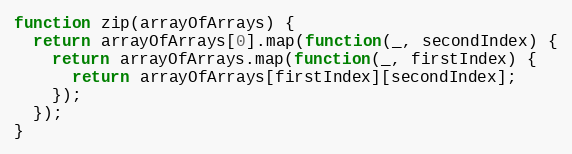
Language: JavaScript
function zip(arrayOfArrays) {
  return arrayOfArrays[0].map(function(_, secondIndex) {
    return arrayOfArrays.map(function(_, firstIndex) {
      return arrayOfArrays[firstIndex][secondIndex];
    });
  });
}